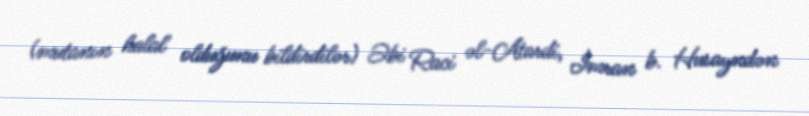
(mutanın halal olduğunu bildirdilər) Əbi Raci əl-Atardi, İmran b. Husayndən